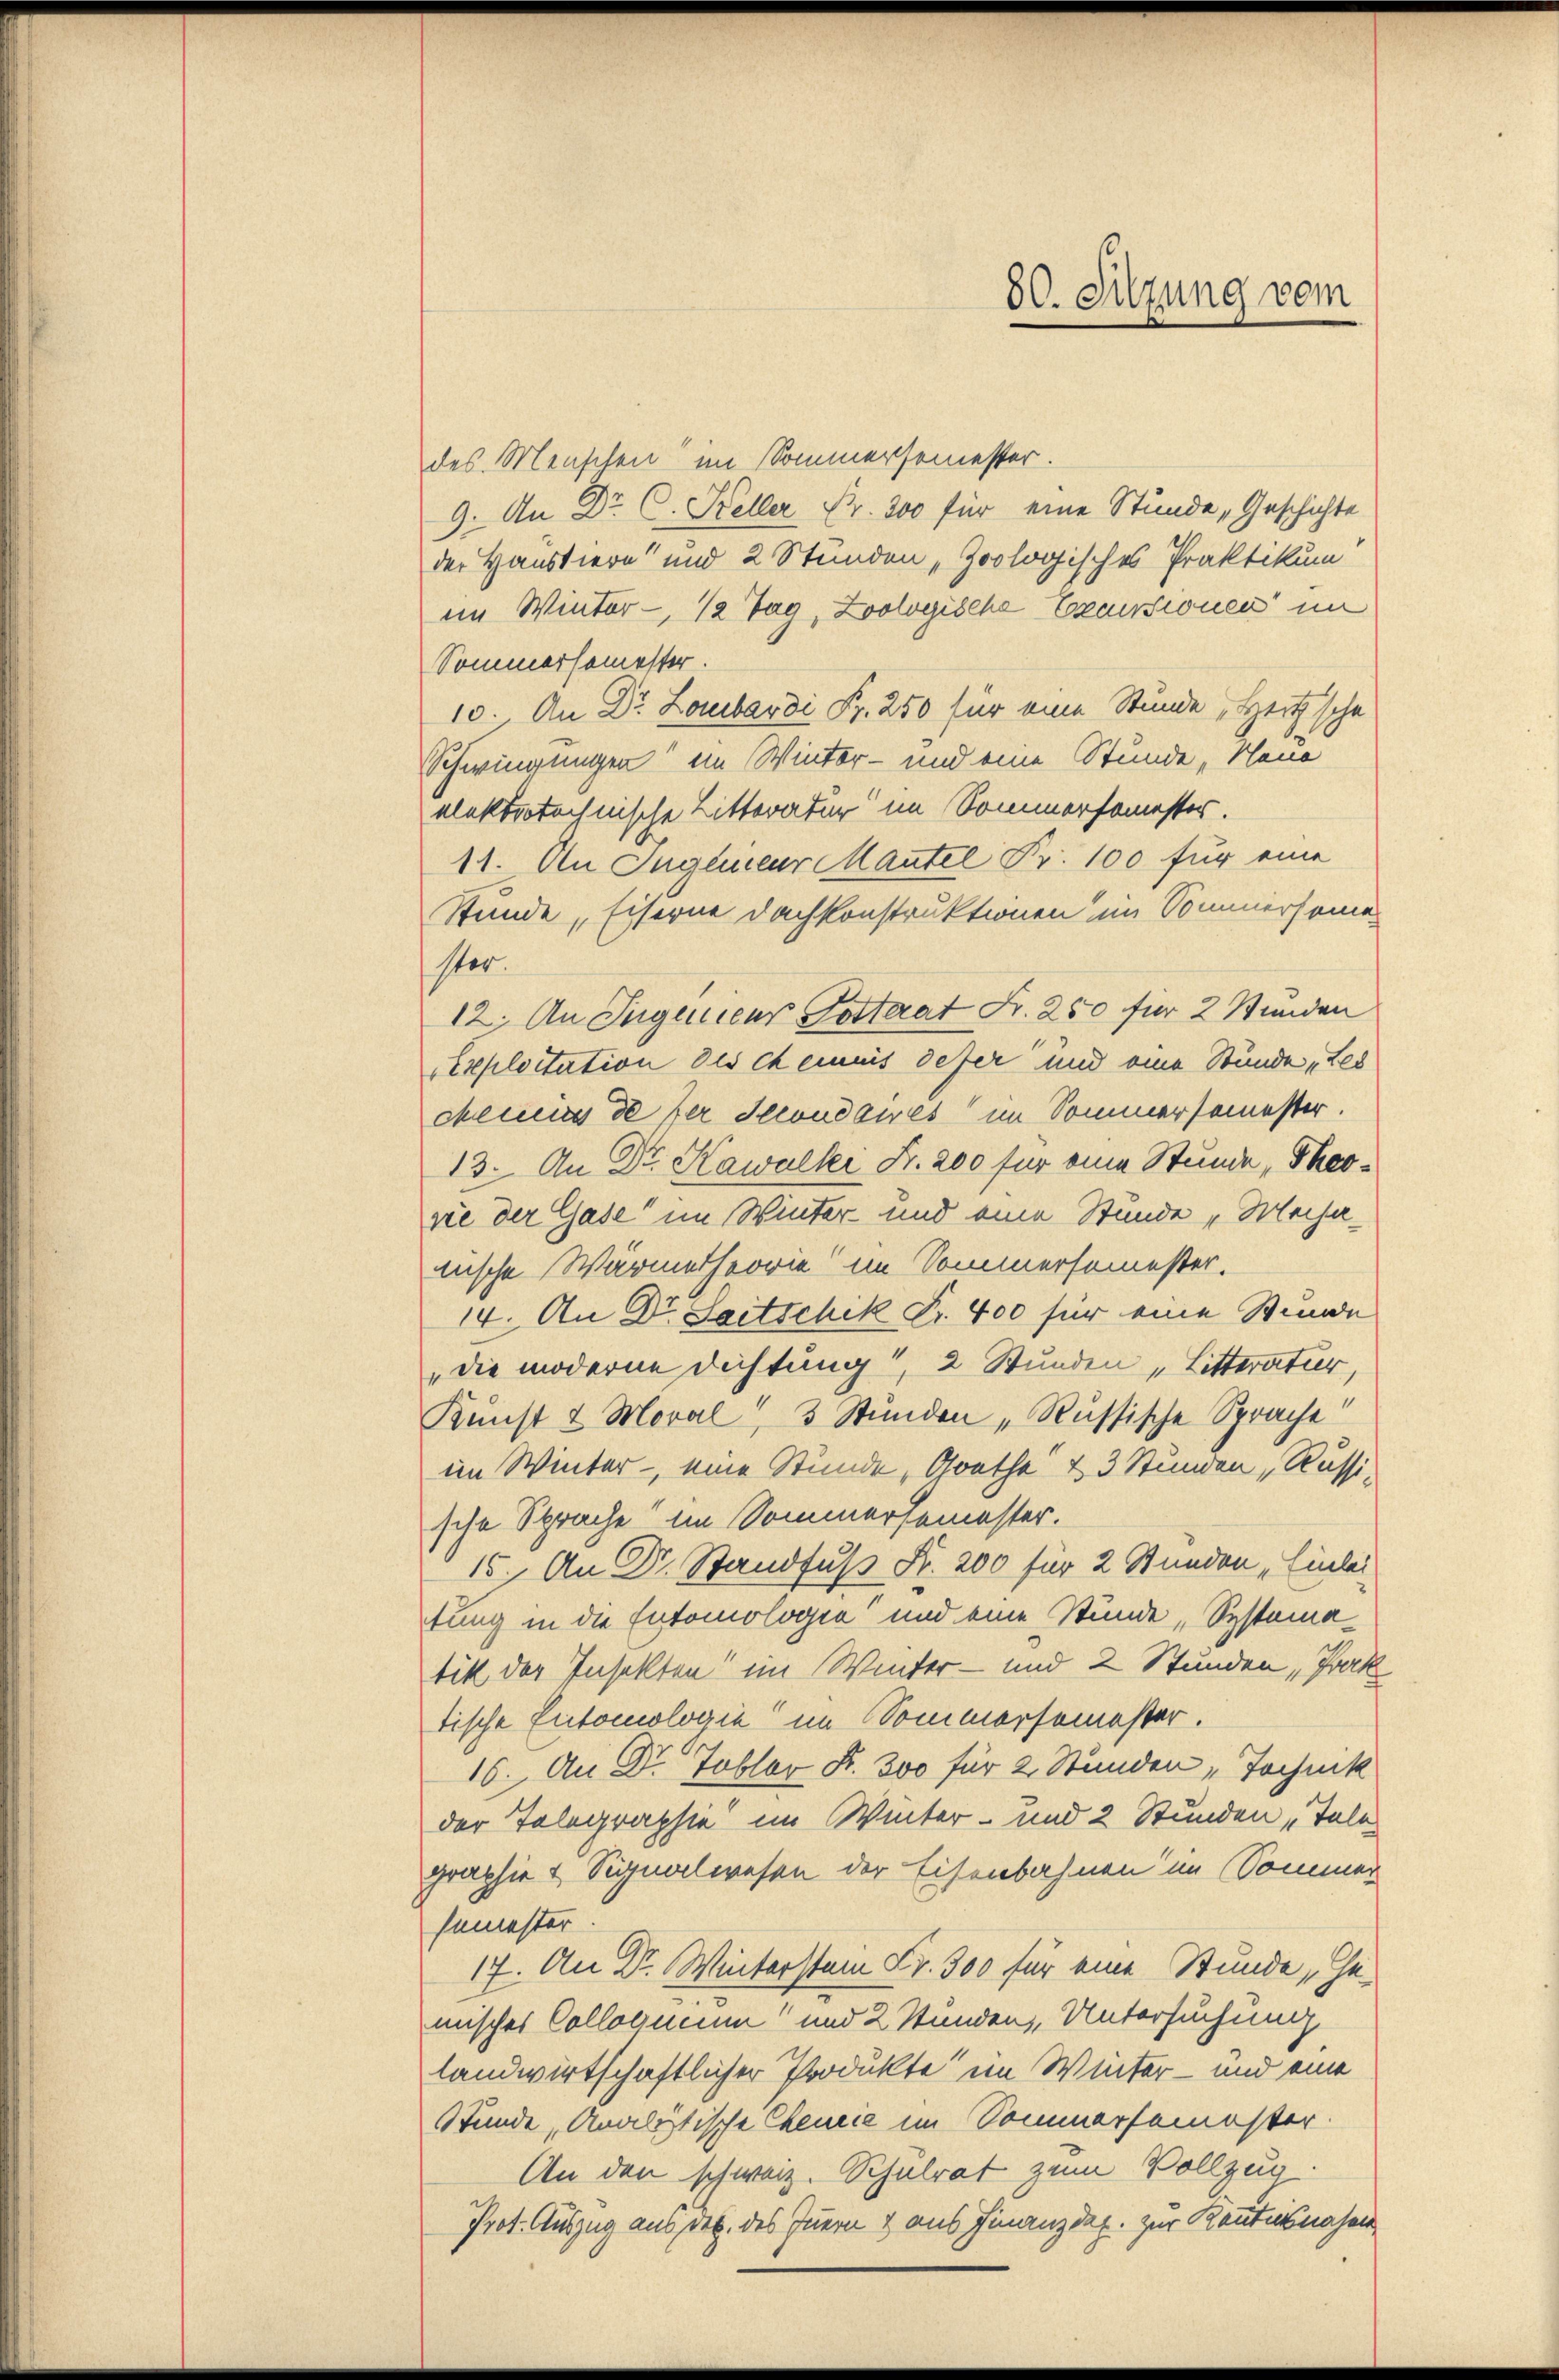
80. Sitzung vom

des Menschen im Sommersemester.
9. An Dr. C. Keller Fr. 300 für eine Stunde Geschichte
der Haustiere und 2 Stunden „Zoologisches Praktikum
im Winter - 12 Tag, Zoologische Erzensionen im
Sommersemester.
10. An Dr Lombardi Fr. 250 für eine Stunde „Heitzsche
Schwingungen im Winter- und eine Stunde, Neue
elektrotechnische Litteratur im Sommersemester.
11. An Ingenieur Mantel Fr. 100 für eine
Stunde, Eiserne Dachkonstruktionen im Sommersonen
ster.
12. An Ingenieur Totterat Fr. 250 für 2 Stunden
Exploitation des ch einis defer und eine Stunde Les
Meines de der Secondawes im Sommersemester.
13. An Dr. Kawalke Fr. 200 für eine Stunde Theosie der Gase im Winter und eine Stunde „Mechanische Wärmetheorie im Sommersemester.
14. An Dr. Saitschik Fr. 400 für eine Stunde
die moderne Richtung, 2 Stunden, Litteratur,
Kunst & Moral, 3 Stunden „Russische Sprache!
im Winter - eine Stunde, Grathe & 3 Stunden Russi-
sche Sprache im Sommersemester.
15. An Dr. Standfuß Fr. 200 für 2 Stunden Einlei
tung in die Entomologie und eine Stunde, Systematik der Insekten im Winter- und 2 Stunden, Prak
tische Entomologie im Sommersemester.
16. An Dr. Tobler K. 300 für 2 Stunden „Technik
der Telegraphie im Winter- und 2 Stunden „Tele
graphie & Signalwesen der Eisenbahnen im Sommer
semester.
17. An Dr. Winterstein Fr. 300 für eine Stunde Gemisches Colloquium und 2 Stunden, Untersuchung
landwirtschaftlicher Produkte im Winter – und eine
Stunde, Analistische Cheurie im Sommersemester.
An den schweiz. Schulrat zum Vollzug.
Prot. Auszug aus des des Innern & aus Finanzdep. zur Kenntnisnahme